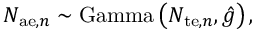
N _ { \mathrm { a e } , n } \sim \mathrm { G a m m a } \left( N _ { \mathrm { t e } , n } , \hat { g } \right) ,